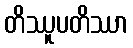
တိဿူပတိဿာ